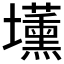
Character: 𡓽